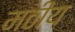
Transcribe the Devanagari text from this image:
मठीय